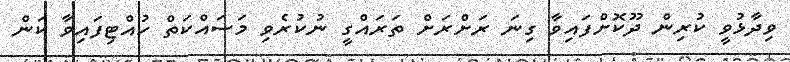
ވިދާޅުވީ ކުރިން ދޫކޮށްފައިވާ ގިނަ ރަށްރަށް ތަރައްގީ ނުކުރެވި މަސައްކަތް ހުއްޓިފައިވާ ކަން